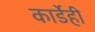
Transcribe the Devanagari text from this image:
कार्डेही